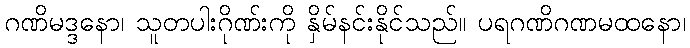
ဂဏိမဒ္ဒနော၊ သူတပါးဂိုဏ်းကို နှိမ်နင်းနိုင်သည်။ ပရဂဏိဂဏမထနော၊